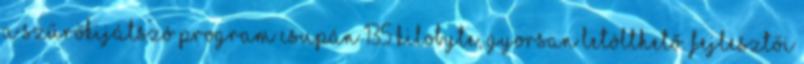
a szűrőkijátszó program csupán 135 kilobyte, gyorsan letölthető. Fejlesztői